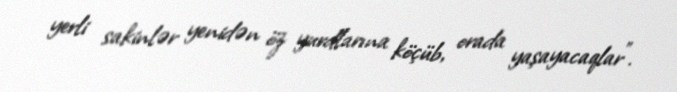
yerli sakinlər yenidən öz yurdlarına köçüb, orada yaşayacaqlar".